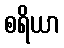
စရိယာ